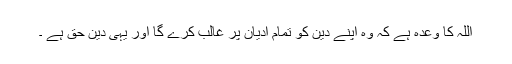
اللہ کا وعدہ ہے کہ وہ اپنے دین کو تمام ادیان پر غالب کرے گا اور یہی دین حق ہے ۔